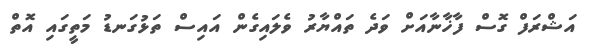
އަޝްރަފް ގޮސް ފާޚާނާއަށް ވަދެ ތައްޔާރު ވެލައިގެން އައިސް ތަޅުގަނޑު މަތީގައި އޮތް